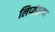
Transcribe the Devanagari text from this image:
लिप्‍यंतरण